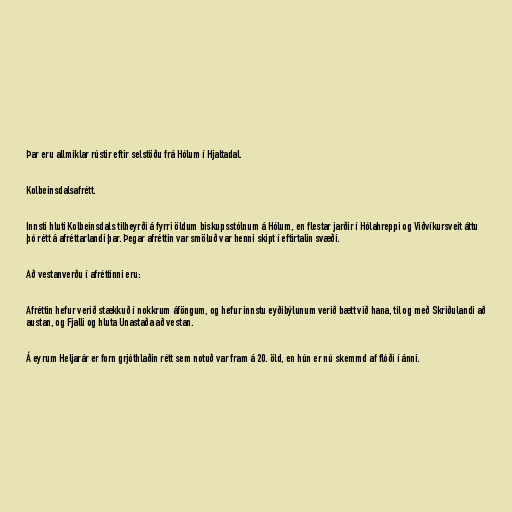
Þar eru allmiklar rústir eftir selstöðu frá Hólum í Hjaltadal.

Kolbeinsdalsafrétt.

Innsti hluti Kolbeinsdals tilheyrði á fyrri öldum biskupsstólnum á Hólum, en flestar jarðir í Hólahreppi og Viðvíkursveit áttu
þó rétt á afréttarlandi þar. Þegar afréttin var smöluð var henni skipt í eftirtalin svæði.

Að vestanverðu í afréttinni eru:

Afréttin hefur verið stækkuð í nokkrum áföngum, og hefur innstu eyðibýlunum verið bætt við hana, til og með Skriðulandi að
austan, og Fjalli og hluta Unastaða að vestan.

Á eyrum Heljarár er forn grjóthlaðin rétt sem notuð var fram á 20. öld, en hún er nú skemmd af flóði í ánni.